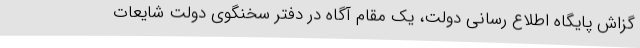
گزاش پایگاه اطلاع رسانی دولت، یک مقام آگاه در دفتر سخنگوی دولت شایعات